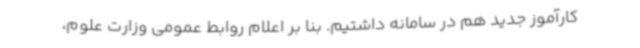
کارآموز جدید هم در سامانه داشتیم. بنا بر اعلام روابط عمومی وزارت علوم،